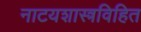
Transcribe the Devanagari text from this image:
नाटयशास्त्रविहित